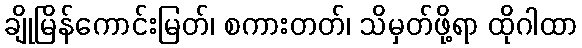
ချိုမြိန်ကောင်းမြတ်၊ စကားတတ်၊ သိမှတ်ဖို့ရာ ထိုဂါထာ